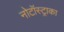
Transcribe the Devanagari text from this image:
नोटॉस्ट्राका